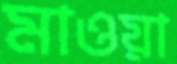
মাওয়া